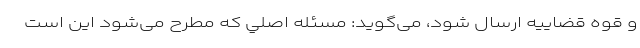
و قوه قضاييه ارسال شود، می‌گوید: مسئله اصلي كه مطرح می‌شود اين است